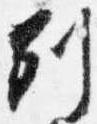
別